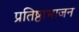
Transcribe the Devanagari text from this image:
प्रतिष्ठाभाजन